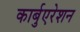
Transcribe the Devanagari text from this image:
कार्बुएरेशन